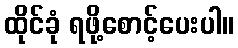
ထိုင်ခုံ ရဖို့စောင့်ပေးပါ။